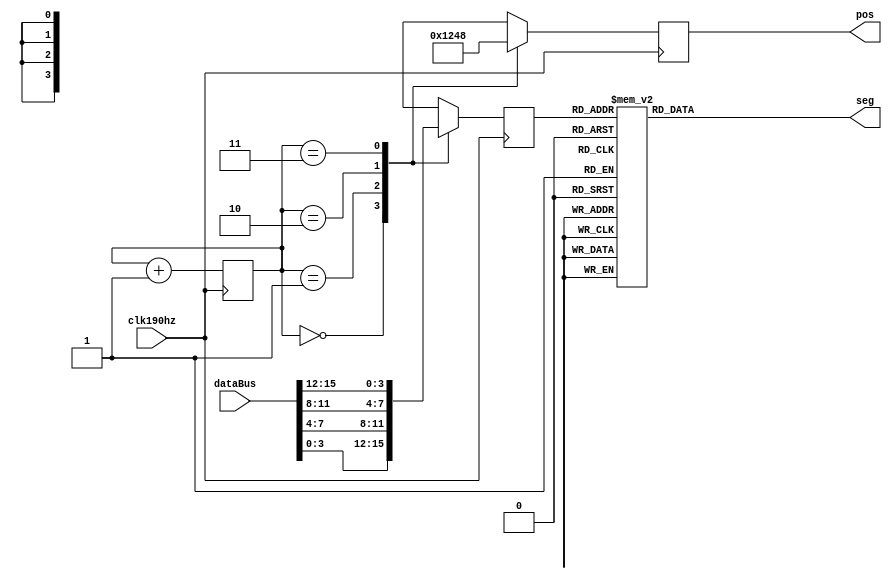
module segMsg(
    input clk190hz,
    input [15:0] dataBus,
    output reg[3:0] pos,
    output reg[7:0] seg
);
    reg[1:0] posC;
    reg[3:0] dataP;
    always @(posedge clk190hz)begin
     case(posC)
        0:begin
            pos<=4'b0001;
            dataP<=dataBus[3:0];
        end

        1:begin
            pos<=4'b0010;
            dataP<=dataBus[7:4];
        end

        2:begin
            pos<=4'b0100;
            dataP<=dataBus[11:8];
        end

        3:begin
            pos<=4'b1000;
            dataP<=dataBus[15:12];
        end
    endcase
    posC=posC+1;
    end

    always @(dataP)
        case(dataP)
            0:seg=8'b0011_1111;
            1:seg=8'b0000_0110;
            2:seg=8'b0101_1011;
            3:seg=8'b0100_1111;
            4:seg=8'b0110_0110;
            5:seg=8'b0110_1101;
            6:seg=8'b0111_1101;
            7:seg=8'b0000_0111;
            8:seg=8'b0111_1111;
            9:seg=8'b0110_1111;
            10:seg=8'b0100_0000;
            11:seg=8'b0000_0000;
            default: seg=8'b0000_1000;
        endcase
endmodule